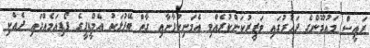
ރައީސް މައުމޫންގެ ދައުރުގައި ވަޒީރުކަންކުރެއްވި އެމަނިކުފާނާއި ގާތް ބޭފުޅަކު އެމްޑީޕީގެ ޕޯޑިއަމެއްގައި ދެއްކި